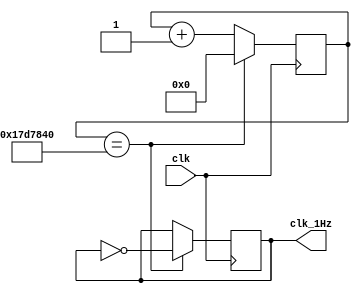
module counterdiv100 (input wire clk,
                    output reg clk_1Hz);

    reg [25:0] Q = 0;
    initial clk_1Hz = 0;

    always @(posedge clk)

        if (Q == 25000000) begin
        
            clk_1Hz <= ~clk_1Hz;
            Q <= 0;

        end else
            Q <= Q+1;
    

endmodule